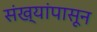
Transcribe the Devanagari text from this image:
संख्यांपासून